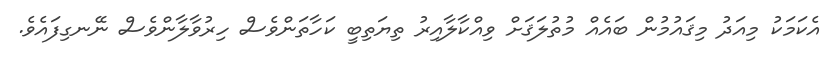
އެކަމަކު މިއަދު މިޤައުމުން ބައެއް މުތުލަޤަށް ވިއްކާލާއިރު ތިޔަތިބީ ކަހާތަންވެސް ހިރުވާލާންވެސް ނޭނގިފައެވެ.